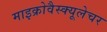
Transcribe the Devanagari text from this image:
माइक्रोवैस्क्यूलेचर